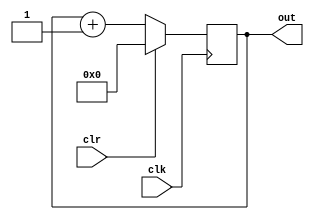
module counter(out,clk,clr);
input clk,clr;
output reg[3:0] out;
always @(posedge clk) begin
    if(clr)out<=4'b0000;
    else out<=out+1;
end
endmodule
module Controller(init,C,read,write,clr,clr_C,clk);
input init,clk;
input[3:0] C;
output reg[24:0] read,write,clr;
output reg clr_C;
reg[1:0] state;
parameter Sinit=2'b00,S1=2'b01,S2=2'b10,S3=2'b11;
always @(posedge clk) begin
    case (state)
        Sinit:state<=init?S1:Sinit;
        S1:state<=(C==4'b1101)?S2:S1;
        S2:state<=S3;
        S3:state<=(C==4'b0110)?Sinit:S3;
    endcase
end
always @(state) begin
    case(state)
    Sinit:begin read<=25'b0;write<=25'b0;clr={25{1'b1}};clr_C=1'b1; end
    S1:begin read<=25'b0;write<=25'b0;clr=25'b0;clr_C=1'b0; end
    S2:begin read<={25{1'b1}};write<=25'b0;clr=25'b0;clr_C=1'b1; end
    S3:begin read<=25'b0;write<={25{1'b1}};clr=25'b0;clr_C=1'b0; end
    endcase
end
endmodule
module Systolic_Array_Controller(init,read,write,clr,clk);
input init,clk;
output[24:0] read,write,clr;
wire clr_C;
wire[3:0] C;
Controller C1(init,C,read,write,clr,clr_C,clk);
counter co(C,clk,clr_C);
endmodule